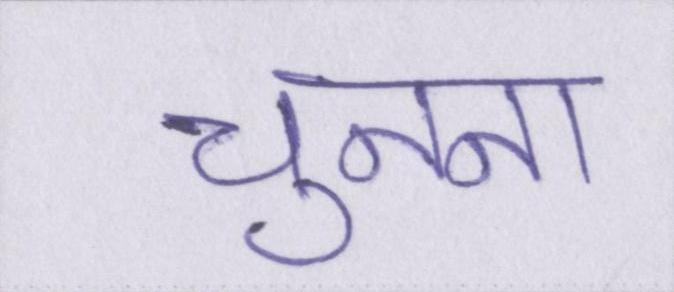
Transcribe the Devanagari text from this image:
चुनना